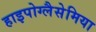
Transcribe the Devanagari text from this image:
हाइपोग्लैसेमिया